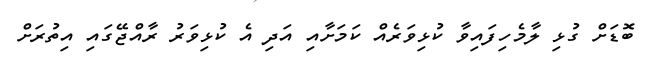
ބޮޑަށް ގުޅި ލާމެހިފައިވާ ކުޅިވަރެއް ކަމަށާއި އަދި އެ ކުޅިވަރު ރާއްޖޭގައި އިތުރަށް